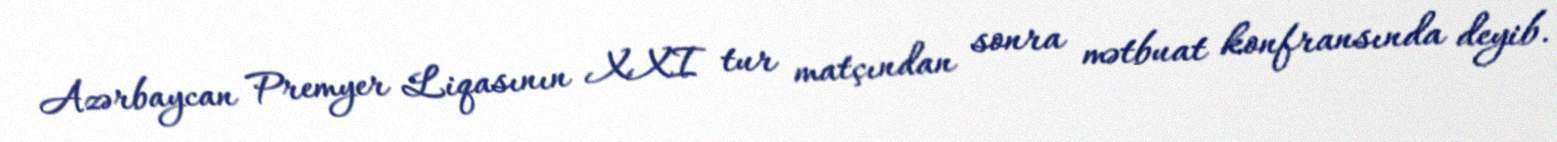
Azərbaycan Premyer Liqasının XXI tur matçından sonra mətbuat konfransında deyib.